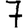
Digit: 7